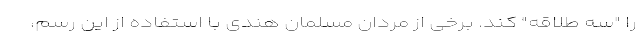
را "سه طلاقه" کند. برخی از مردان مسلمان هندی با استفاده از این رسم،